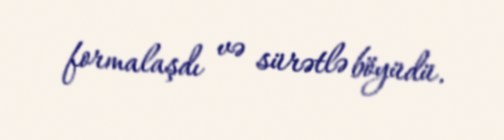
formalaşdı və sürətlə böyüdü.